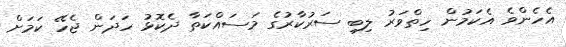
އެހެންވެ އެކަމުން ހިތްވަރު ލިބި ސަރުކާރުގެ މަސައްކަތާ ދެކޮޅު ހަދަން ޖެހޭ ކަމަށް